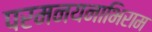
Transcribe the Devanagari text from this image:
परमनयनाभिराम